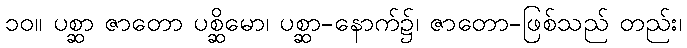
၁၀။ ပစ္ဆာ ဇာတော ပစ္ဆိမော၊ ပစ္ဆာ-နောက်၌၊ ဇာတော-ဖြစ်သည် တည်း၊